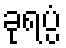
ခုရပ္ပံ